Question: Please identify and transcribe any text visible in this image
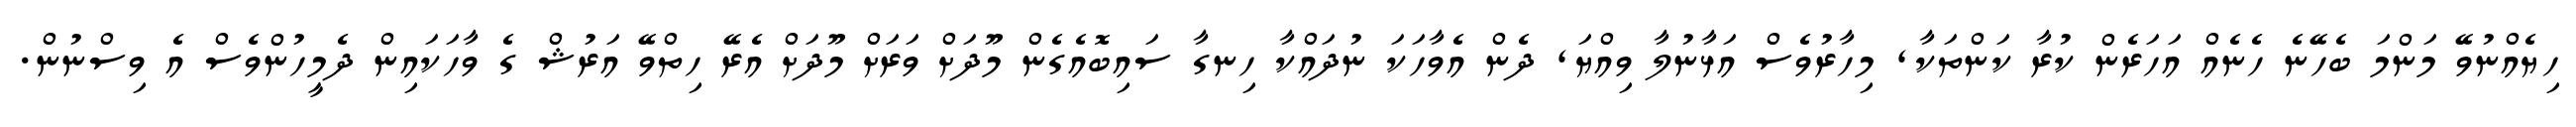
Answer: ހިޔެއްނުވޭ މަންމަ ބެހޭނެ ހެނެއް އަހަރެން ކުރާ ކަންތަކާ, މިހާރުވެސް އަޅާނުލާ ވިއްޔަ, ދެން އެވާހަކަ ނުދައްކާ ހިނގާ ސައިބޮއެގެން މޫދަށް ވަރަށް މޫދަށް އެރޭ ހިތްވޭ އަރުޝް ގެ ވާހަކައިން ދެމީހުންވެސް އެ ވިސްނުން.